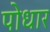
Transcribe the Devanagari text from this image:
पोधार